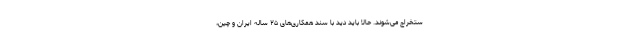
ستخراج می‌شوند. حالا باید دید با سند همکاری‌های ۲۵ ساله ایران و چین،